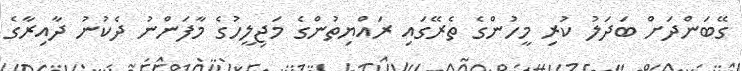
ގޭބަންދަށް ބަދަލު ކުރި މީހުންގެ ތެރޭގައި ރައްޔިތުންގެ މަޖިލީހުގެ މާފަންނު ދެކުނު ދާއިރާގެ